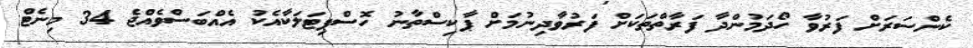
ކެންސަރަށް ފަރުވާ ހޯދަމުންދާ ފަރާތްތަކަށް ފަރުވާދިނުމަށް ޕާކިސްތާނު ހޮސްޕިޓަލަކާއެކު އެއްބަސްވެއްޖެ 34 މިނެޓް